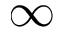
\infty